Account of plague administration in the Bombay Presidency from September 1896 till May 1897
Year: 1896
Disease focus: Plague
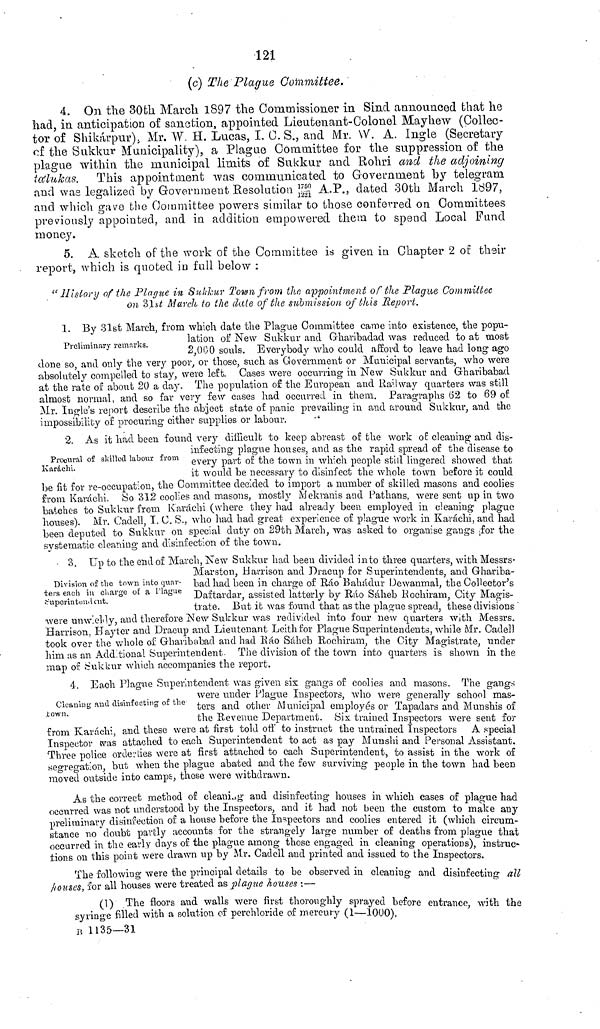
121
(c) The Plague Committee.
4. On the 30th March 1897 the Commissioner in Sind announced that he
had, in anticipation of sanction, appointed Lieutenant-Colonel Mayhew (Collec-
tor of Shikárpur), Mr. W. H. Lucas, I. C. S., and Mr. \V. A. Ingle (Secretary
of the Sukkur Municipality), a Plague Committee for the suppression of the
plague within the municipal limits of Sukkur and Rohri and the adjoining
tálukas. This appointment was communicated to Government by telegram
and was legalized by Government Resolution 1750 A.P., dated 30th March 1897,
and which gave the Committee powers similar to those conferred on Committees
previously appointed, and in addition empowered them to spend Local Fand
money.
5. A sketch of the work of the Committee is given in Chapter 2 of their
report, which is quoted in full below :
"History of the Plague in Sukkur Town from the appointment of the Plague Committee
on 31st March to the dale of the submission of this Report.
Preliminary remarks.
1. By 31st March, from which date the Plague Committee came into existence, the popu-
lation or New Sukkur and Gharibadad was reduced to at most
2,000 souls. Everybody who could afford to leave had long ago
done so, and only the very poor, or those, such as Government or Municipal servants, who were
absolutely compelled to stay, were left. Cases were occurring in New Sukkur and Gharibabad
at the rate or about 20 a day. The population of the European and Railway quarters was still
almost normal, and so far very few cases had occurred in them. Paragraphs 62 to 69 of
Mr. Ingle's report describe the abject state of panic prevailing in and around Sukkur, and the
impossibility of procuring either supplies or labour.
Procural of skilled labour from
Karachi.
2. As it had been found very difficult to keep abreast of the work of cleaning and dis-
infecting plague houses, and as the rapid spread of the disease to
every part of the town in which people still lingered showed that
it would be necessary to disinfect the whole town before it could
be fit for re-occupation, the Committee decided to import a number of skilled masons and coolies
from Karáchi. So 312 coolies and masons, mostly Mekranis and Pathans, were sent up in two
batches to Sukkur from Karachi (where they had already been employed in cleaning plague
houses). Mr. Cadell, I. C. S., who had had great experience of plague work in Karáchi, and had
been deputed to Sukkur on special duty on 29th March, was asked to organise gangs for the
systematic cleaning and disinfection of the town.
Division of the town into quar-
ters each in charge of a Plague
Superintendent.
3. Up to the end of March, New Sukkur had been divided into three quarters, with Messrs-
Marston, Harrison and Dracup for Superintendents, and Ghariba-
bad had been in charge of Ráo Bahadur Dewanmal, the Collector's
Daftardar, assisted latterly by Bao Sáheb Rochiram, City Magis-
trate. But it was found that as the plague spread, these divisions
were unwieldy, and therefore New Sukkur was redivided into four new quarters with Messrs.
Harrison, Hayter and Dracup and Lieutenant Leith for Plague Superintendents, while Mr. Cadell
took over the whole of Gharibabad and had Ráo Sáheb Rochiram, the City Magistrate, under
him as an Addtional Superintendent The division of the town into quarters is shown in the
map of Sukkur which accompanies the report.
Cleaning and disinfecting of the
town.
4. Each Plague Superintendent was given six gangs of coolies and masons. The gangs
were under Plague Inspectors, who were generally school mas-
ters and other Municipal employés or Tapadars and Munshis of
the Revenue Department. Six trained Inspectors were sent for
from Karachi, and these were at first told off to instruct the untrained Inspectors A special
Inspector was attached to each Superintendent to act as pay Munshi and Personal Assistant.
Three police orderties were at first attached to each Superintendent, to assist in the work of
segregation, but when the plague abated and the few surviving people in the town had been
moved outside into camps, these were withdrawn.
As the correct method of cleaning and disinfecting houses in which cases of plague had
occurred was not understood by the Inspectors, and it had not been the custom to make any
preliminary disinfection of a house before the Inspectors and coolies entered it (which circum-
stance no doubt partly accounts for the strangely large number of deaths from plague that
occurred in the early clays of the plague among those engaged in cleaning operations), instruc-
tions on this point were drawn up by Mr. Cadell and printed and issued to the Inspectors.
The following were the principal details to be observed in cleaning and disinfecting all
houses,
for all houses were treated as plague houses :—
(1) The floors and walls were first thoroughly sprayed before entrance with the
syringe filled with a solution of perchloride of mercury (1—1000),
B 1135—31